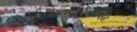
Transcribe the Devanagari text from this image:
इस्रायलपॅलेस्टाईन